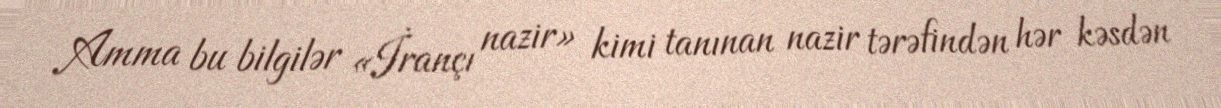
Amma bu bilgilər «İrançı nazir» kimi tanınan nazir tərəfindən hər kəsdən